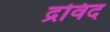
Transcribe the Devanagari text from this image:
द्रविद